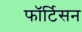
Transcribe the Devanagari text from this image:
फॉर्टिसन